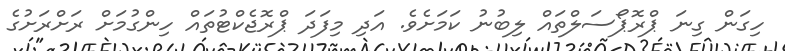
ހިގަން ގިނަ ޕްރޮޕޯސަލްތައް ލިބުނު ކަމަށެވެ. އަދި މިފަދަ ޕްރޮޖެކްޓުތައް ހިންގުމަށް ރަށްރަށުގެ